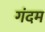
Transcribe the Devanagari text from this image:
गंदम